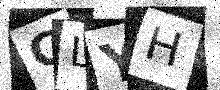
Text: CLYH